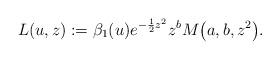
LaTeX: \begin{gather*} L(u,z):=\beta_1(u)e^{-\frac12z^2}z^bM\big(a,b,z^2\big) .\end{gather*}